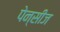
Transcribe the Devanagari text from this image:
पेन्सीज